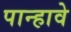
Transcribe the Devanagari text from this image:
पान्हावे